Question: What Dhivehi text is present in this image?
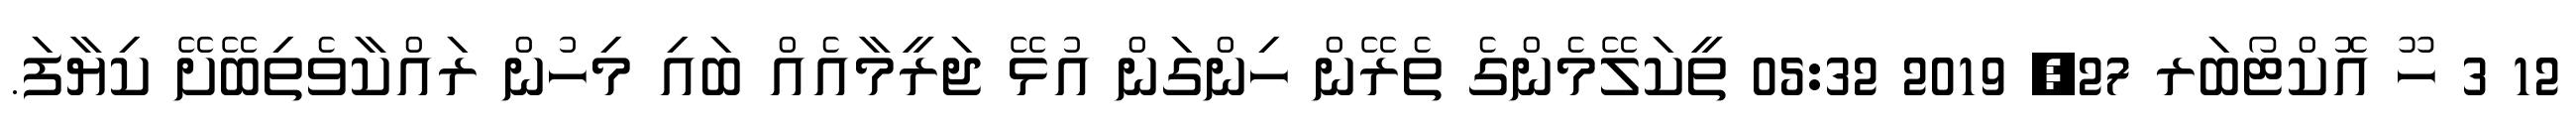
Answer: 12 3 ހޫ އޮކްޓޯބަރ 27, 2019 05:32 ތީކަލޭމެންގެ ތެރޭން ހިންގަން އުޅޭ ޖަރީމާއެއް ބައި މިހުން ރައްކާވެތިބޭށޭ ކިޔާފަ.